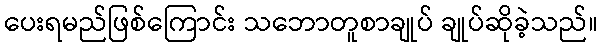
ပေးရမည်ဖြစ်ကြောင်း သဘောတူစာချုပ် ချုပ်ဆိုခဲ့သည်။